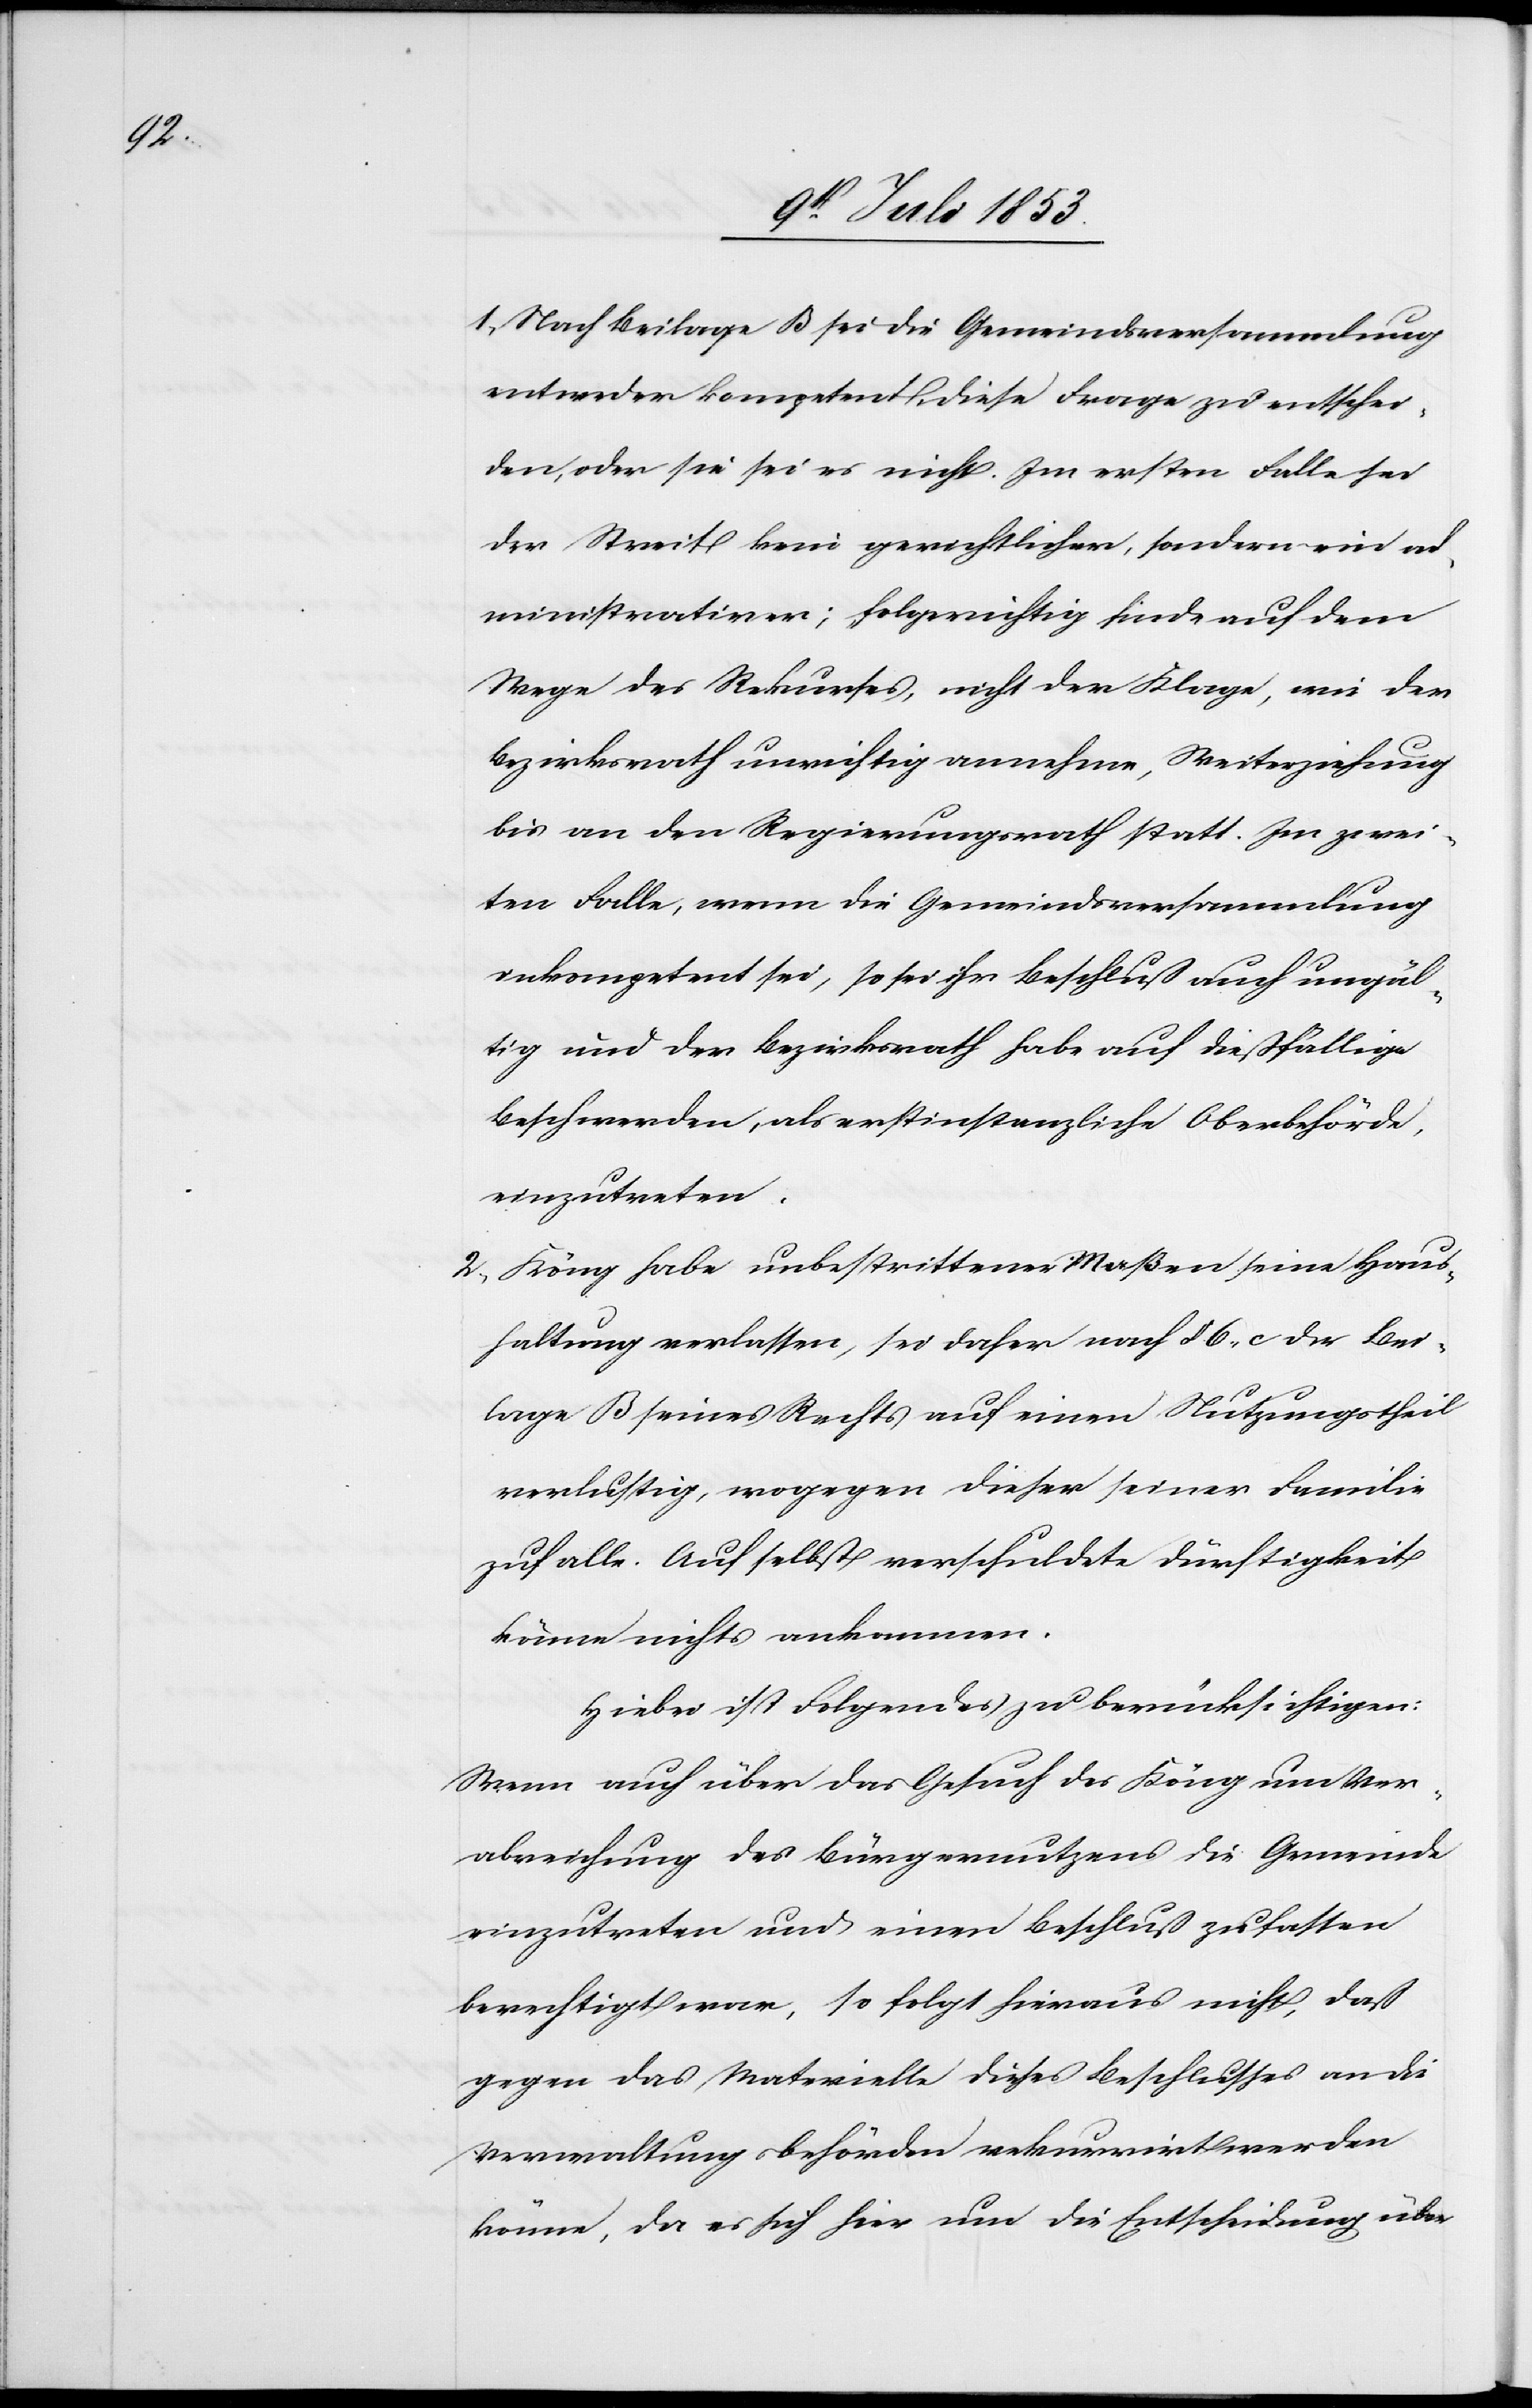
1, Nach Beilage B sei die Gemeindsversammlung
entweder kompetent, diese Frage zu entschei¬
den, oder sie sei es nicht. Im ersten Falle sei
der Streit kein gerichtlicher, sondern ein ad¬
ministrativer; folgenrichtig finde auf dem
Wege des Rekurses, nicht der Klage, wie der
Bezirksrath unrichtig annehme, Weiterziehung
bis an den Regierungsrath statt. Im zwei¬
ten Falle, wenn die Gemeindsversammlung
inkompetent sei, so sei ihr Beschluss auch ungül¬
tig und der Bezirksrath habe auf die fällige
Beschwerden, als erstinstanzliche Oberbehörde,
einzutreten.
2, Köng habe unbestrittener Maßen seine Heraus¬
haltung verlassen, sei daher nach § 6 c der Bei¬
lage B seines Rechts auf einen Nutzungstheil
verlustig, wogegen dieser seiner Familie
zufalle. Auf selbst verschuldete Dürftigkeit
könne nichts ankommen.
Hiebei ist Folgendes zu berücksichtigen:
Wenn auch über das Gesuch des Köng um Ver¬
abreichung des Bürgernutzens die Gemeinde
einzutreten und einen Beschluß zu fassen
berechtigt war, so folgt hieraus nicht, daß
gegen das Materielle dieses Beschlusses an die
Verwaltungsbehörden rekurrirt werden
könne, da es sich hier um die Entscheidung über